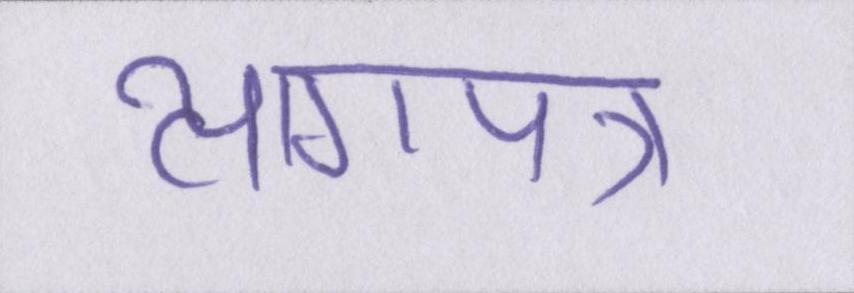
त्यागपत्र